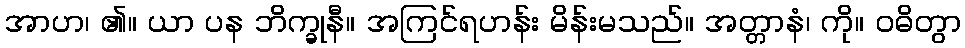
အာဟ၊ ၏။ ယာ ပန ဘိက္ခုနီ။ အကြင်ရဟန်း မိန်းမသည်။ အတ္တာနံ၊ ကို။ ဝဓိတွာ